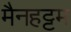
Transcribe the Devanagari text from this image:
मैनहट्टम